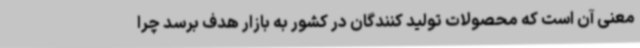
معنی آن است که محصولات تولید کنندگان در کشور به بازار هدف برسد چرا